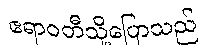
ဧရာဝတီသို့ပြောသည်